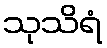
သုသိရံ